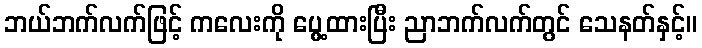
ဘယ်ဘက်လက်ဖြင့် ကလေးကို ပွေ့ထားပြီး ညာဘက်လက်တွင် သေနတ်နှင့်။